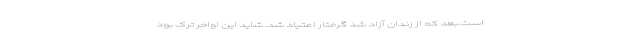
است.بعد که از زندان آزاد شد گرفتار اعتیاد شد. شاید این اواخر ترک بود